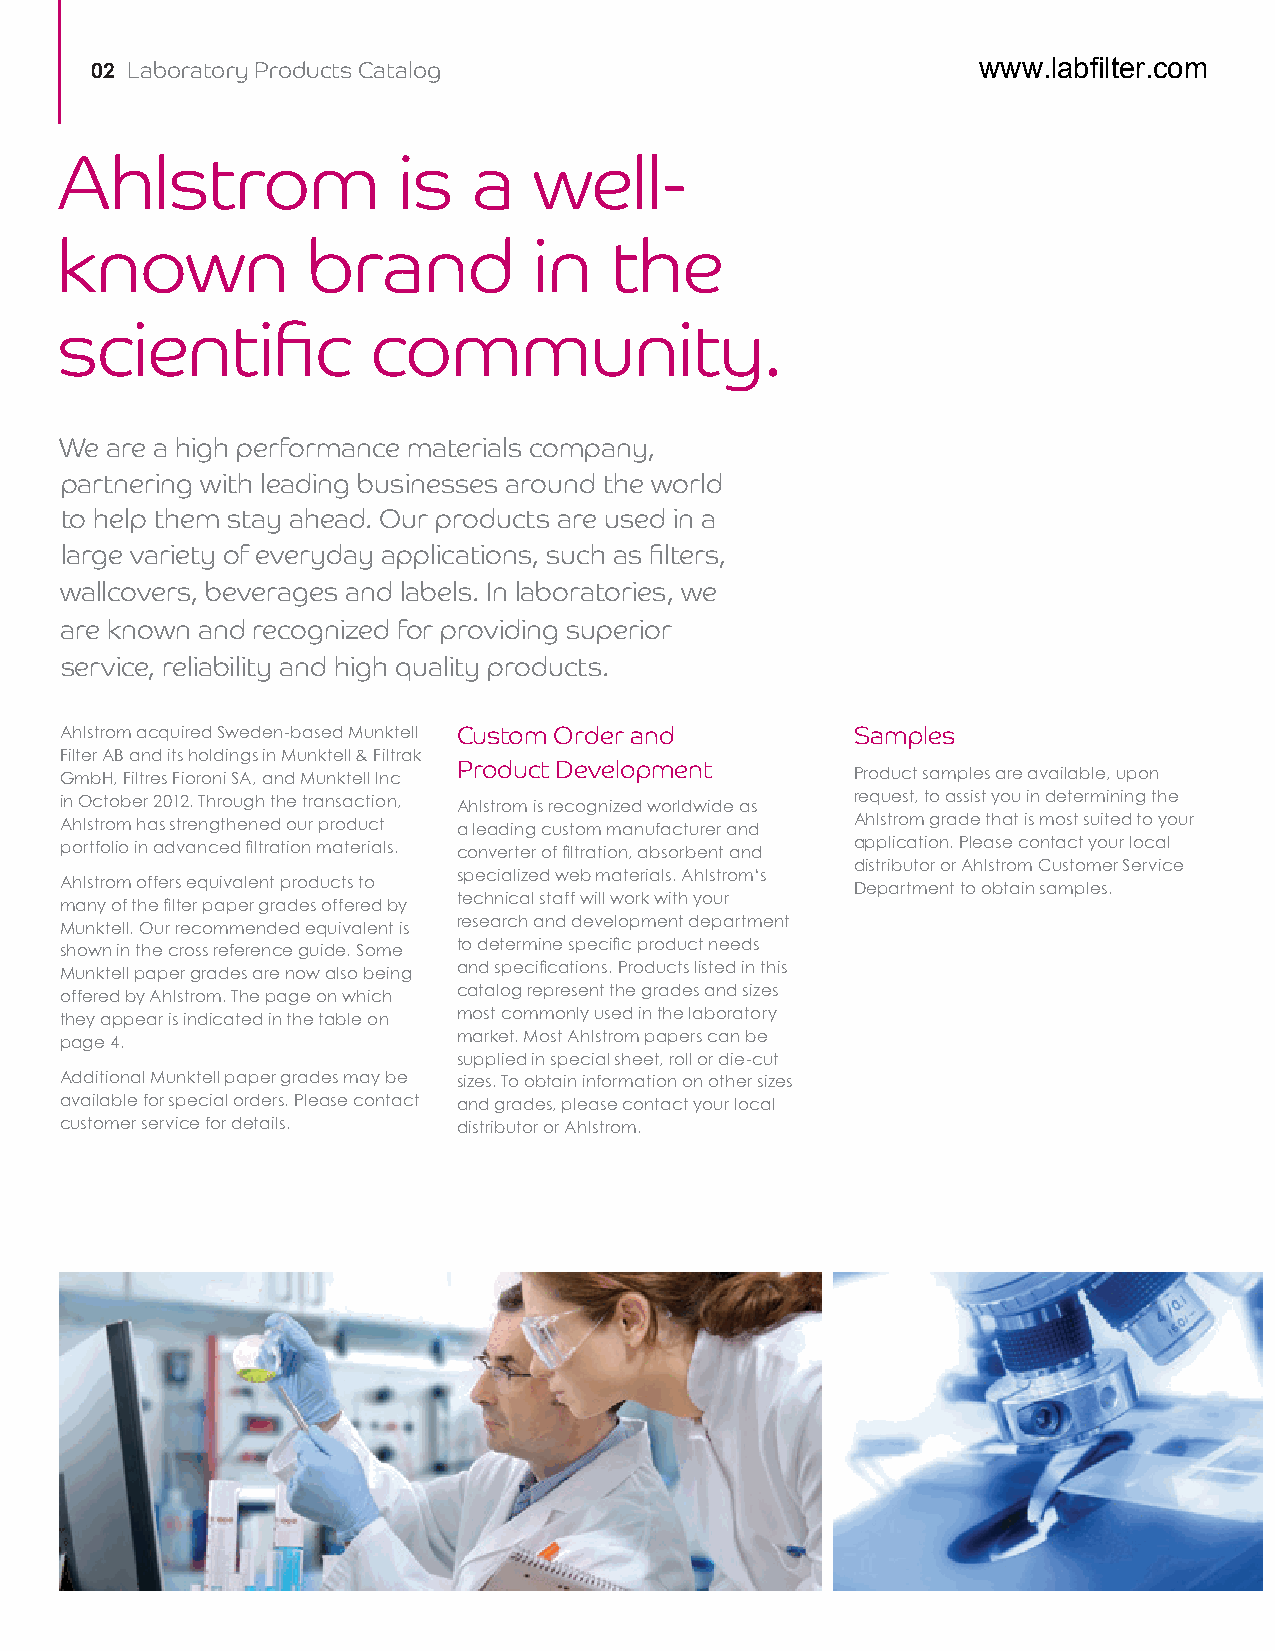
02 Laboratory Products Catalog                             www.labfilter.com
 Ahlstrom              is   a   well-
 known           brand          in   the
 scientific           community.
 We are a high performance materials company,
 partnering with leading businesses around the world
 to help them stay ahead. Our products are used in a
 large variety of everyday applications, such as filters,
 wallcovers, beverages and labels. In laboratories, we
 are known and recognized for providing superior
 service, reliability and high quality products.
 Ahlstrom acquired Sweden-based Munktell Custom Order and Samples
 Filter AB and its holdings in Munktell & Filtrak
 Product Development
 GmbH, Filtres Fioroni SA, and Munktell Inc           Product samples are available, upon
 in October 2012. Through the transaction, Ahlstrom is recognized worldwide as request, to assist you in determining the
 Ahlstrom has strengthened our product a leading custom manufacturer and Ahlstrom grade that is most suited to your
 portfolio in advanced filtration materials. converter of filtration, absorbent and application. Please contact your local
 distributor or Ahlstrom Customer Service
 specialized web materials. Ahlstrom‘s
 Ahlstrom offers equivalent products to               Department to obtain samples.
 technical staff will work with your
 many of the filter paper grades offered by
 research and development department
 Munktell. Our recommended equivalent is
 to determine specific product needs
 shown in the cross reference guide. Some
 and specifications. Products listed in this
 Munktell paper grades are now also being
 catalog represent the grades and sizes
 offered by Ahlstrom. The page on which
 most commonly used in the laboratory
 they appear is indicated in the table on
 market. Most Ahlstrom papers can be
 page 4.
 supplied in special sheet, roll or die-cut
 Additional Munktell paper grades may be sizes. To obtain information on other sizes
 available for special orders. Please contact and grades, please contact your local
 customer service for details. distributor or Ahlstrom.